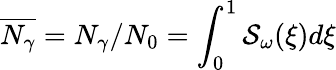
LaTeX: \overline{{N_{\gamma}}}=N_{\gamma}/N_{0}=\int_{0}^{1}\mathcal{S}_{\omega}(\xi)d\xi